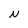
Character: N